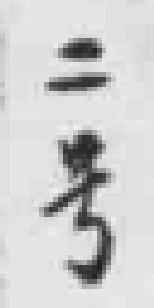
二号